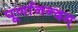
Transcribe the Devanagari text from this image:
पूर्णानन्दम्